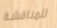
للمناقشة